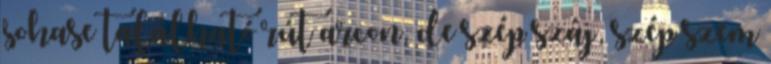
sohase található rút arcon, de szép száj, szép szem